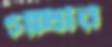
গাঁধীর